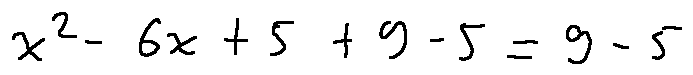
x ^ { 2 } - 6 x + 5 + 9 - 5 = 9 - 5